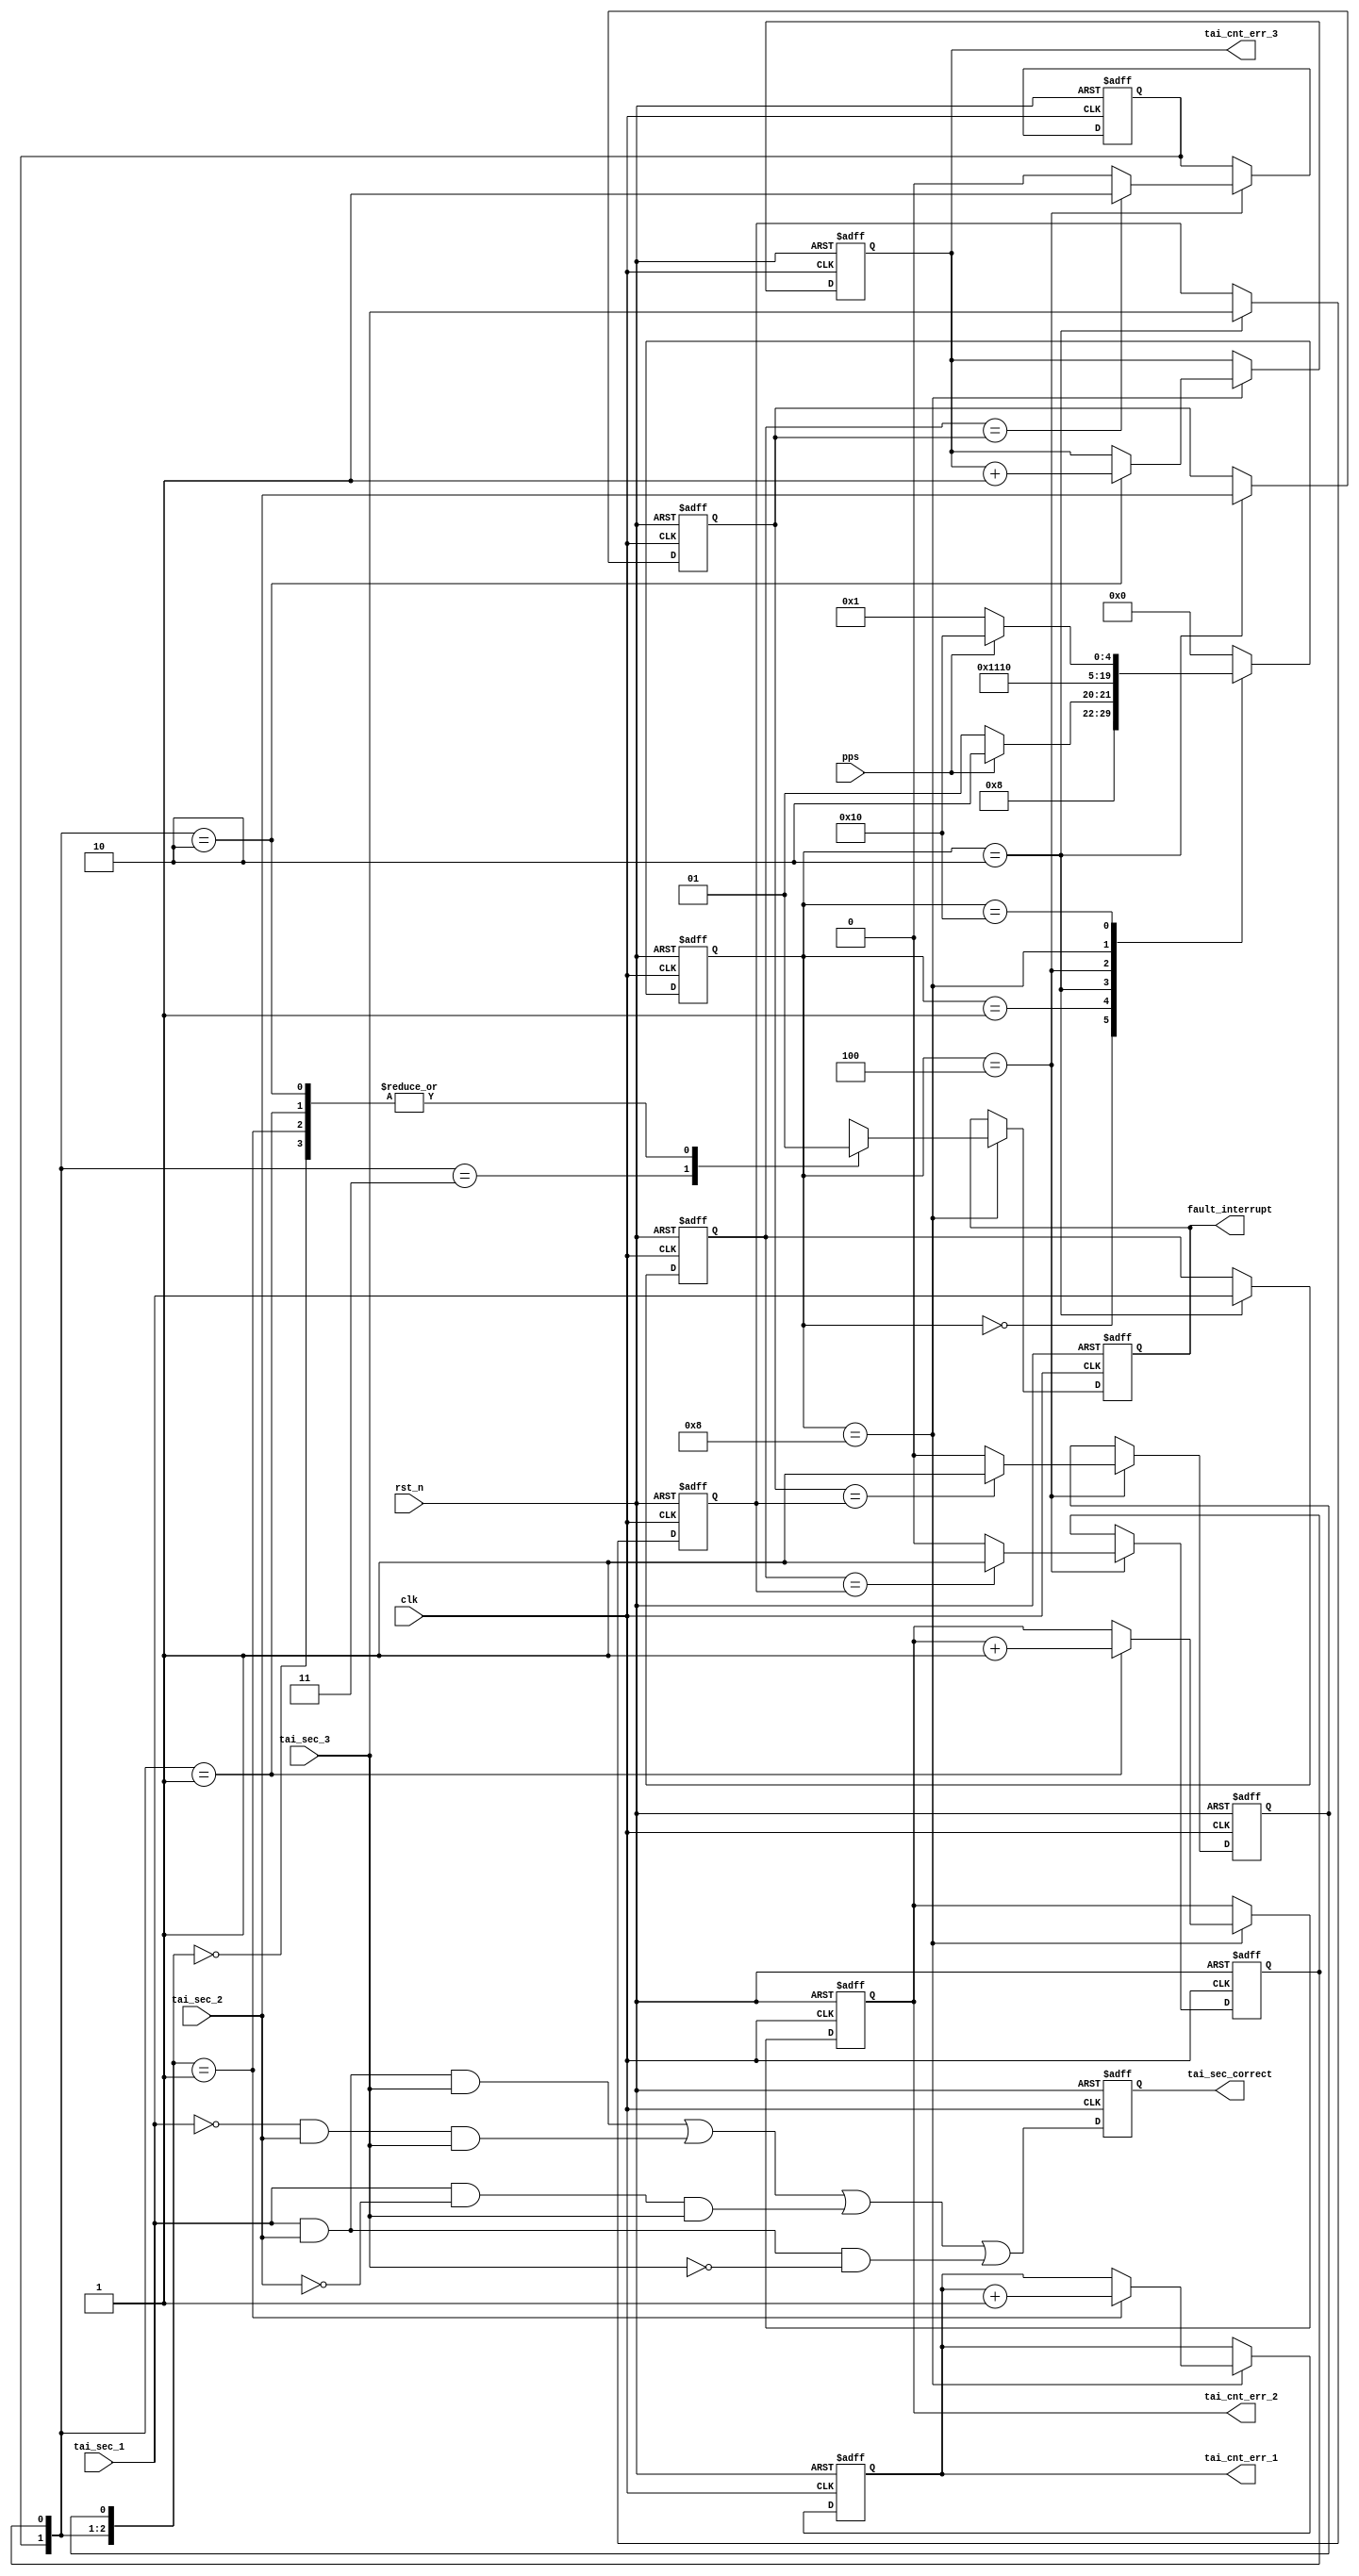
module tai_ecc(
	input				clk,
	input				rst_n,
	input				pps,
	input	[63 : 0]	tai_sec_1,
	input	[63 : 0]	tai_sec_2,
	input	[63 : 0]	tai_sec_3,
	output	[63 : 0]	tai_sec_correct,
	output	[ 7 : 0]	tai_cnt_err_1,
	output	[ 7 : 0]	tai_cnt_err_2,
	output	[ 7 : 0]	tai_cnt_err_3,
	output	reg			fault_interrupt
);

localparam	IDLE			= 5'b0;
localparam	WAIT_PPS_RISE	= 5'b1;
localparam	GET_DATA		= 5'b10;
localparam	CMP_DATA		= 5'b100;
localparam	ERROR_CNT		= 5'b1000;
localparam	WAIT_PPS_FALL	= 5'b10000;

reg			[ 4 : 0]	corr_state;
reg			[ 4	: 0]	corr_next_state;

reg			[63	: 0]	tai_sec_1_hold;
reg			[63	: 0]	tai_sec_2_hold;
reg			[63	: 0]	tai_sec_3_hold;
reg			[63	: 0]	tai_most_probably_fine;
reg			[63	: 0]	last_sec;
reg			[ 7	: 0]	t1_err;
reg			[ 7 : 0]	t2_err;
reg			[ 7	: 0]	t3_err;

reg						t1_equal_t2;
reg						t1_equal_t3;
reg						t2_equal_t3;

assign tai_sec_correct = tai_most_probably_fine;
assign tai_cnt_err_1 = t1_err;
assign tai_cnt_err_2 = t2_err;
assign tai_cnt_err_3 = t3_err;

always @ (posedge clk or negedge rst_n)
begin
	if (!rst_n) begin
		tai_most_probably_fine <= 64'b0;
	end
	else begin
		tai_most_probably_fine <= ((tai_sec_1	&	tai_sec_2	&	tai_sec_3) |
								(( ~tai_sec_1)	&	tai_sec_2	&	tai_sec_3) |
								(	tai_sec_1	& (~tai_sec_2)	&	tai_sec_3) |
								(	tai_sec_1	&	tai_sec_2	& (~tai_sec_3)));
	end
end

always @ (posedge clk or negedge rst_n)
begin
	if (!rst_n) begin
		corr_state <= 0;
	end
	else begin
		corr_state <= corr_next_state;
	end
end

always @ (*)
begin
	case (corr_state)
		IDLE			: begin
			corr_next_state = WAIT_PPS_RISE;
		end
		WAIT_PPS_RISE	: begin
			if (pps) begin
				corr_next_state = GET_DATA;
			end
			else begin
				corr_next_state = WAIT_PPS_RISE;
			end
		end
		GET_DATA		: begin
			corr_next_state = CMP_DATA;
		end
		CMP_DATA		: begin
			corr_next_state	= ERROR_CNT;
		end
		ERROR_CNT		: begin
			corr_next_state = WAIT_PPS_FALL;
		end
		WAIT_PPS_FALL	: begin
			if (!pps) begin
				corr_next_state = WAIT_PPS_RISE;
			end
			else begin
				corr_next_state = WAIT_PPS_FALL;
			end
		end
		default			: begin
			corr_next_state = IDLE;
		end
	endcase
end

always @ (posedge clk or negedge rst_n)
begin
	if (!rst_n) begin
		tai_sec_1_hold <= 64'b0;
		tai_sec_2_hold <= 64'b0;
		tai_sec_3_hold <= 64'b0;
		t1_equal_t2 <= 1'b0;
		t1_equal_t3 <= 1'b0;
		t2_equal_t3 <= 1'b0;
		fault_interrupt <= 1'b0;
		t1_err <= 8'b0;
		t2_err <= 8'b0;
		t3_err <= 8'b0;
	end
	else begin
		case (corr_state)
		IDLE			: begin
		
		end
		WAIT_PPS_RISE	: begin
		
		end
		GET_DATA		: begin
			tai_sec_1_hold <= tai_sec_1;
			tai_sec_2_hold <= tai_sec_2;
			tai_sec_3_hold <= tai_sec_3;
		end
		CMP_DATA		: begin
			t1_equal_t2 <= (tai_sec_1_hold == tai_sec_2_hold) ? 1'b1 : 1'b0;
			t1_equal_t3 <= (tai_sec_1_hold == tai_sec_3_hold) ? 1'b1 : 1'b0;
			t2_equal_t3 <= (tai_sec_2_hold == tai_sec_3_hold) ? 1'b1 : 1'b0;
		end
		ERROR_CNT		: begin
			casez ({t1_equal_t2, t1_equal_t3, t2_equal_t3})
				3'b11?	: begin
					fault_interrupt <= 1'b0;
				end
				3'b10?	: begin
					t3_err <= t3_err + 1'b1;
					fault_interrupt <= 1'b1;
				end
				3'b01?	: begin
					t2_err <= t2_err + 1'b1;
					fault_interrupt <= 1'b1;
				end
				3'b001	: begin
					t1_err <= t1_err + 1'b1;
					fault_interrupt <= 1'b1;
				end
				3'b000	: begin
					fault_interrupt <= 1'b1;
				end
			endcase
		end
		WAIT_PPS_FALL	: begin
			
		end
		endcase
	end
end

endmodule